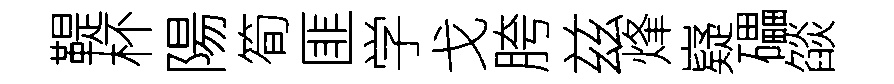
鞮杯陽筍匪学戈胯兹烽嶷礧燄